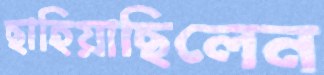
ছাহিয়াছিলেন